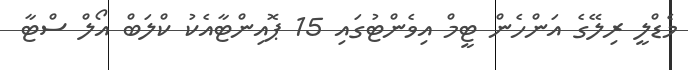
މެޑްލީ ރިލޭގެ އަންހެން ޓީމް އިވެންޓުގައި 15 ޕޮއިންޓާއެކު ކްލަބް އޯލް ސްޓާ